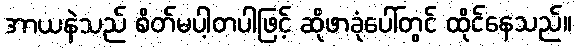
အာယနဲသည် စိတ်မပါ့တပါဖြင့် ဆိုဖာခုံပေါ်တွင် ထိုင်နေသည်။